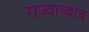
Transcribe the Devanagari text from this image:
राज्याच्याच